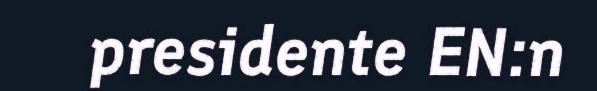
presidente EN:n